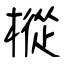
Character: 樅